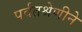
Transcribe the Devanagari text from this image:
पर्वतश्रेणीने